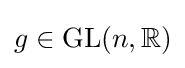
g\in \mathrm {GL} (n,\mathbb {R} )